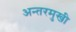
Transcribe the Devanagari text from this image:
अन्तरमुखी